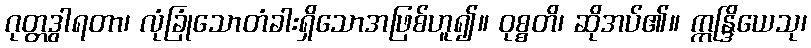
ဂုတ္တဒွါရတာ၊ လုံခြုံသောတံခါးရှိသောအဖြစ်ဟူ၍။ ဝုစ္စတိ၊ ဆိုအပ်၏။ ဣန္ဒြိယေသု၊